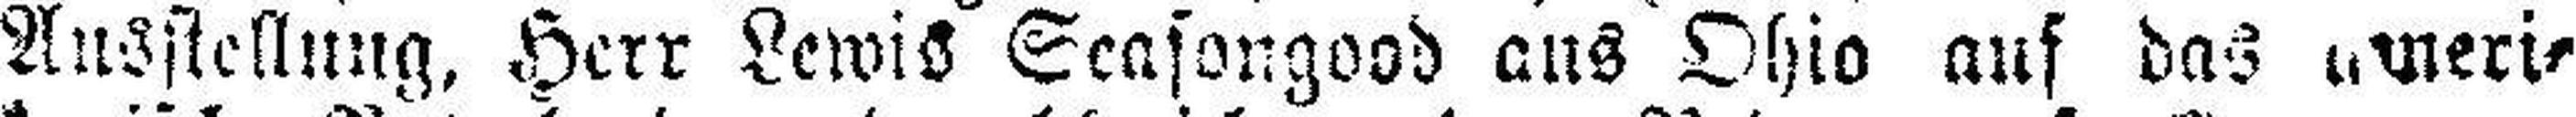
Ausstellung, Herr Lewis Seasongood aus Ohio auf das ameri¬